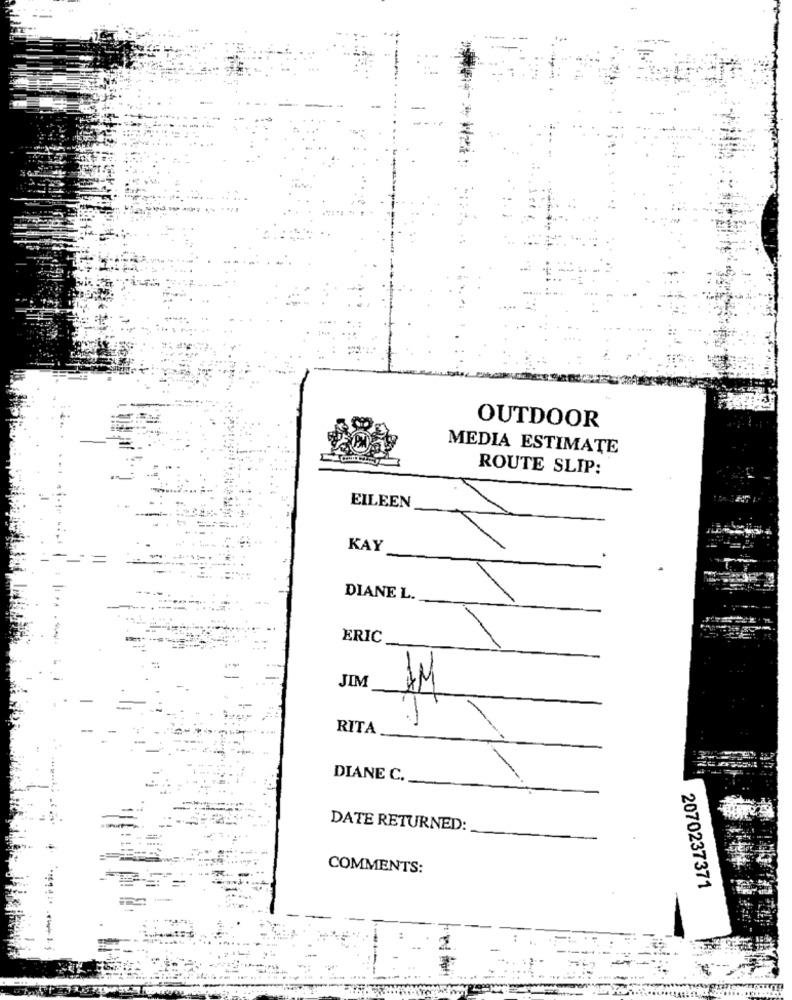
OUTDOOR
MEDIA ESTIMATE
ROUTE SLIP:
EILEEN
KAY
DIANE L.
ERIC
JIM
1M
RITA
DIANE C.
DATE RETURNED:
COMMENTS:
2070237371